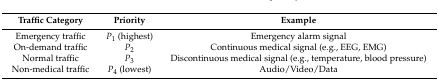
| Traffic Category | Priority | Example |
 | --- | --- | --- |
 | Emergency traffic | P1 (highest) | Emergency alarm signal |
 | On-demand traffic | P2 | Continuous medical signal (e.g., EEG, EMG) |
 | Normal traffic | P3 | Discontinuous medical signal (e.g., temperature, blood pressure) |
 | Non-medical traffic | P4 (lowest) | Audio/Video/Data |